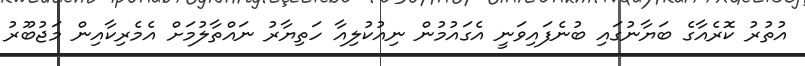
އުތުރު ކޮރެއާގެ ބަޔާނުގައި ބުނެފައިވަނީ އެގައުމުން ނިއުކުލިއާ ހަތިޔާރު ނައްތާލުމަށް އެމެރިކާއިން މަޖުބޫރު